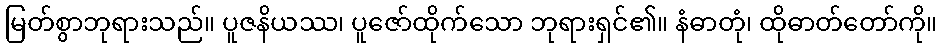
မြတ်စွာဘုရားသည်။ ပူဇနိယဿ၊ ပူဇော်ထိုက်သော ဘုရားရှင်၏။ နံဓာတုံ၊ ထိုဓာတ်တော်ကို။